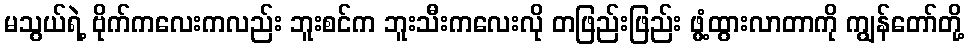
မသွယ်ရဲ့ ဗိုက်ကလေးကလည်း ဘူးစင်က ဘူးသီးကလေးလို တဖြည်းဖြည်း ဖွံ့ထွားလာတာကို ကျွန်တော်တို့